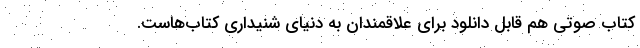
کتاب صوتی هم قابل دانلود برای علاقمندان به دنیای شنیداری کتاب‌هاست.